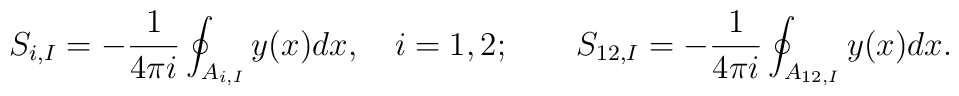
S_{i,I} = -\frac{1}{4\pi i}\oint_{A_{i,I}}y(x)dx,\quad i=1,2;\qquad  S_{12,I} = -\frac{1}{4\pi i}\oint_{A_{12,I}}y(x)dx.